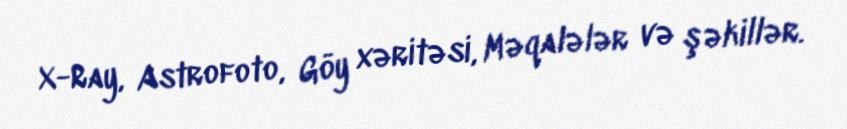
X-Ray, Astrofoto, Göy xəritəsi, Məqalələr və şəkillər.